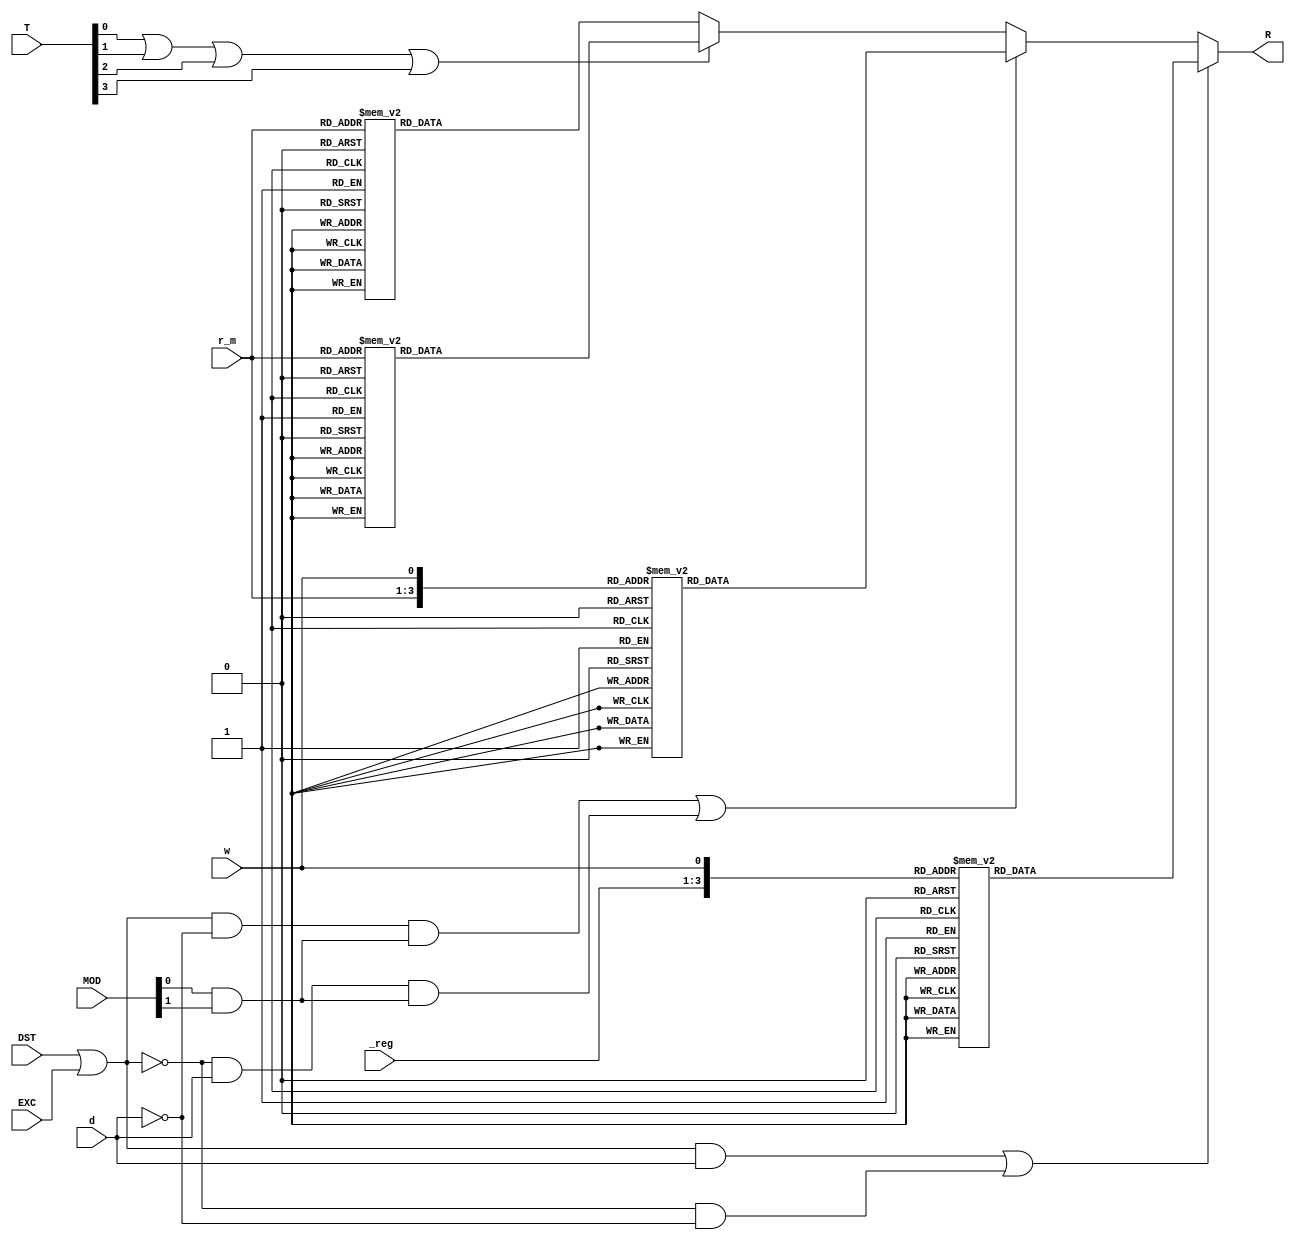
module R_addr(
input d,
input [2:0]_reg,
input [2:0]r_m,
input w,DST,EXC,
input [1:0]MOD,
input [3:0]T,
output reg [15:0]R
);
wire Beat,D_E;
assign Beat = T[0]||T[1]||T[2]||T[3];
assign D_E =  DST||EXC;
assign MD = MOD[0]&&MOD[1];

always @ (D_E or Beat or w or d or _reg or r_m or MD)
begin
	if ((D_E&&d)||(!D_E&&!d))
	begin
		case({_reg,w})
		4'b000_0:R=16'b1000000000000000;
		4'b000_1:R=16'b0100000000000000;
		4'b001_0:R=16'b0010000000000000;
		4'b001_1:R=16'b0001000000000000;
		4'b010_0:R=16'b0000100000000000;
		4'b010_1:R=16'b0000010000000000;
		4'b011_0:R=16'b0000001000000000;
		4'b011_1:R=16'b0000000100000000;
		4'b100_0:R=16'b0000000010000000;
		4'b100_1:R=16'b0000000001000000;
		4'b101_0:R=16'b0000000000100000;
		4'b101_1:R=16'b0000000000010000;
		4'b110_0:R=16'b0000000000001000;
		4'b110_1:R=16'b0000000000000100;
		4'b111_0:R=16'b0000000000000010;
		4'b111_1:R=16'b0000000000000001;
		default:R=16'b000000000000000;
		endcase
	end
	else if ((D_E&&!d&&MD)||(!D_E&&d&&MD))
	begin
		case({r_m,w})
		4'b000_0:R=16'b1000000000000000;
		4'b000_1:R=16'b0100000000000000;
		4'b001_0:R=16'b0010000000000000;
		4'b001_1:R=16'b0001000000000000;
		4'b010_0:R=16'b0000100000000000;
		4'b010_1:R=16'b0000010000000000;
		4'b011_0:R=16'b0000001000000000;
		4'b011_1:R=16'b0000000100000000;
		4'b100_0:R=16'b0000000010000000;
		4'b100_1:R=16'b0000000001000000;
		4'b101_0:R=16'b0000000000100000;
		4'b101_1:R=16'b0000000000010000;
		4'b110_0:R=16'b0000000000001000;
		4'b110_1:R=16'b0000000000000100;
		4'b111_0:R=16'b0000000000000010;
		4'b111_1:R=16'b0000000000000001;
		default:R=16'b000000000000000;
		endcase
	end
	else
	begin
		if(Beat)
		begin
			case(r_m)
				3'b000:R=16'b0000000100000000;
				3'b001:R=16'b0000000100000000;
				3'b010:R=16'b0000000000010000;
				3'b011:R=16'b0000000000010000;
				3'b100:R=16'b0000000000000100;
				3'b101:R=16'b0000000000000001;
				3'b110:R=16'b0000000000010000;
				3'b111:R=16'b0000000100000000;
			default:R=16'b000000000000000;
			endcase
		end
		else
		begin
			case(r_m)
				3'b000:R=16'b0000000000000100;
				3'b001:R=16'b0000000000000001;
				3'b010:R=16'b0000000000000100;
				3'b011:R=16'b0000000000000001;
				3'b100:R=16'b0000000000000100;
				3'b101:R=16'b0000000000000001;
				3'b110:R=16'b0000000000010000;
				3'b111:R=16'b0000000100000000;
			default:R=16'b000000000000000;
			endcase
		end
	end

end

endmodule